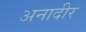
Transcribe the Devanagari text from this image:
अनादीर